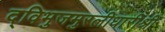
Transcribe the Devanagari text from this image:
द्विभुजमुरलीधारीश्री